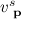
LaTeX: v _ { \textbf { p } } ^ { s }